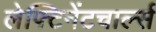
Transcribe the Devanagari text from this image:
लेफ्टिनेंटचार्ल्स